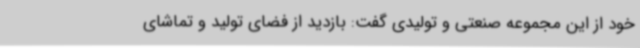
خود از این مجموعه صنعتی و تولیدی گفت: بازدید از فضای تولید و تماشای